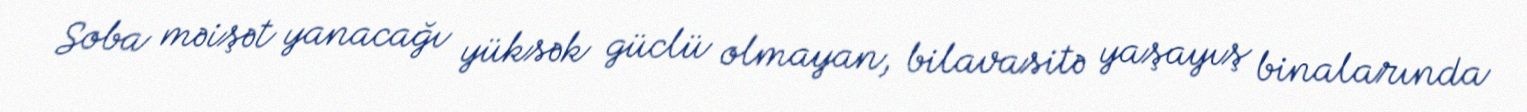
Soba məişət yanacağı yüksək güclü olmayan, bilavasitə yaşayış binalarında